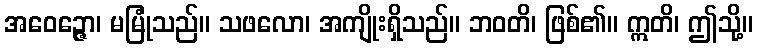
အဝေဉ္ဇော၊ မမြုံသည်။ သဖလော၊ အကျိုးရှိသည်။ ဘဝတိ၊ ဖြစ်၏။ ဣတိ၊ ဤသို့။